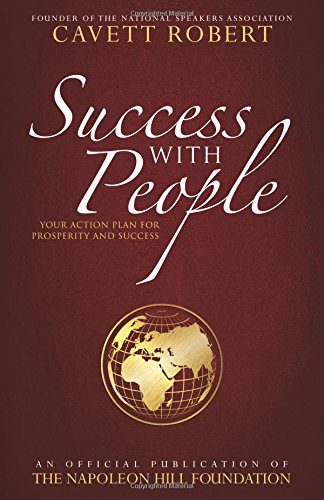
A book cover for Success with People: Your Action Plan for Prosperity and Success; Cavett Robert; Self-Help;